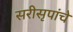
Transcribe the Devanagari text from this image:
सरीसृपांचे